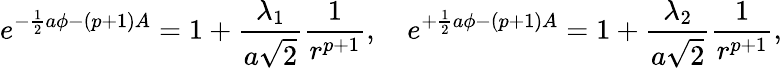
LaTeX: e^{-{\frac{1}{2}}a\phi-(p+1)A}=1+{\frac{\lambda_{1}}{a\sqrt{2}}}{\frac{1}{r^{p+1}}},\ \ \ \ e^{+{\frac{1}{2}}a\phi-(p+1)A}=1+{\frac{\lambda_{2}}{a\sqrt{2}}}{\frac{1}{r^{p+1}}},